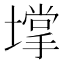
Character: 𡑄